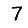
Digit: 7